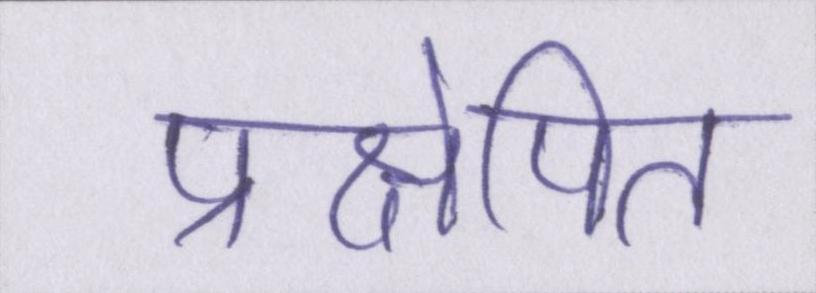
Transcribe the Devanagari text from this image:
प्रक्षेपित